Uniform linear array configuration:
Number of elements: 48
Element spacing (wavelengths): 0.5
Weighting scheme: kaiser
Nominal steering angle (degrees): -30
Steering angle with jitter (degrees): -31.647
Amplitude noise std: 0.05
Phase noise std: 0.05

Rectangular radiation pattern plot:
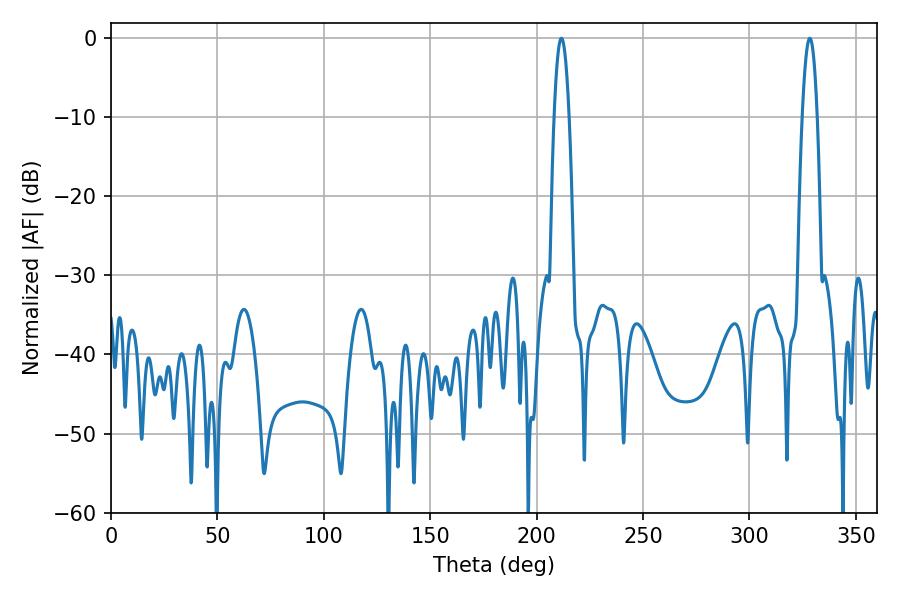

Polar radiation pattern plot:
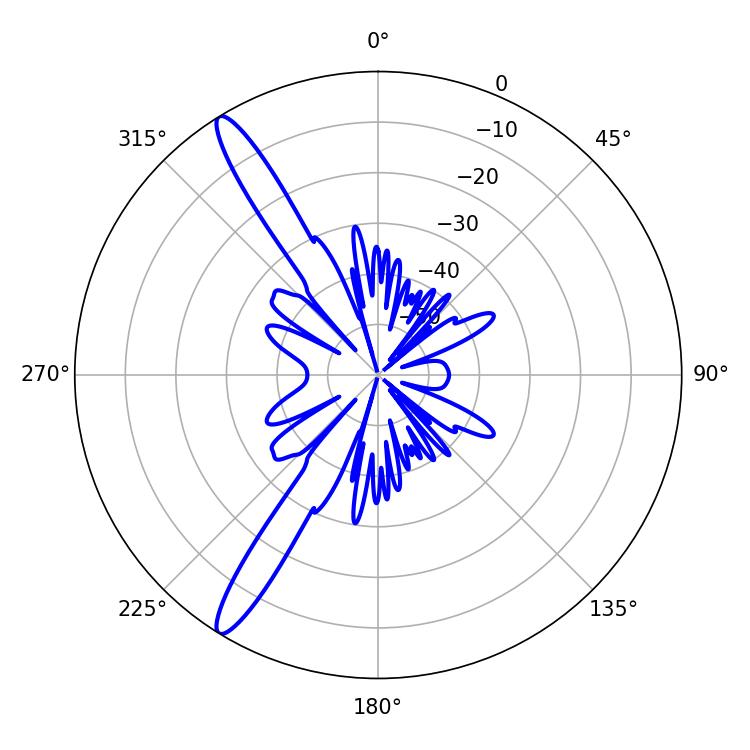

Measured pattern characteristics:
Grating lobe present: FALSE
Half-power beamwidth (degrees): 3.96
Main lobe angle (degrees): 211.68